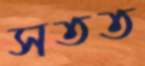
সতত